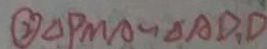
\textcircled { 2 } \Delta P M A \sim \Delta A D , D